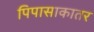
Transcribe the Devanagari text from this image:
पिपासाकातर